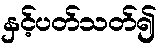
နှင့်ပတ်သတ်၍